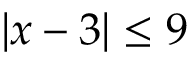
| x - 3 | \leq 9